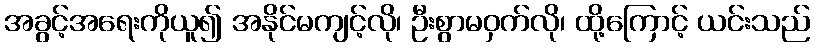
အခွင့်အရေးကိုယူ၍ အနိုင်မကျင့်လို၊ ဦးစွာမဝှက်လို၊ ထို့ကြောင့် ယင်းသည်